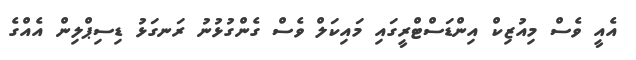
އެއީ ވެސް މިއުޒިކް އިންޑަސްޓްރީގައި މައިކަލް ވެސް ގެންގުޅުނު ރަނގަޅު ޑިސިޕްލިން އެއްގެ